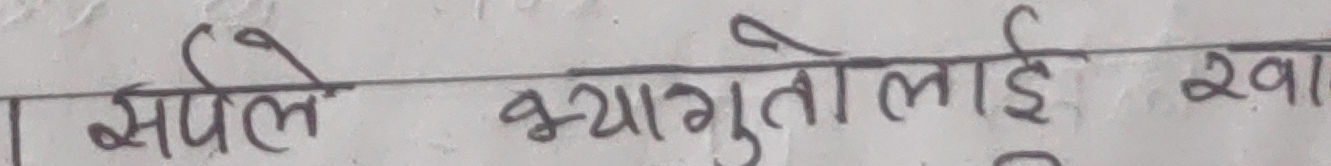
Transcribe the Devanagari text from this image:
सर्पले भ्यागुतोलाई खायो